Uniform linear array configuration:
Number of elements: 24
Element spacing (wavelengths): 1
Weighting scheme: hamming
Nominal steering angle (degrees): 15
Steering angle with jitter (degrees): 15.445
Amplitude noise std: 0.05
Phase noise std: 0.05

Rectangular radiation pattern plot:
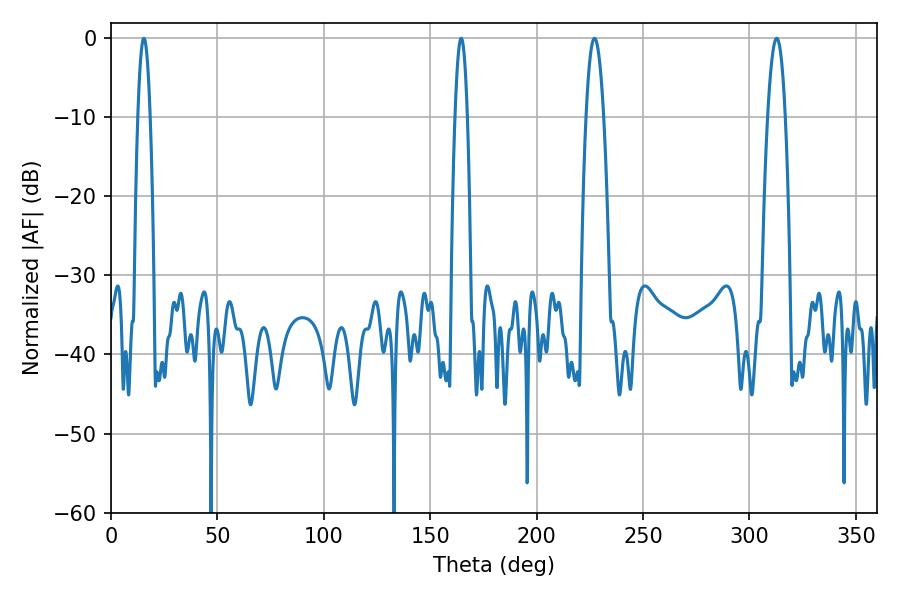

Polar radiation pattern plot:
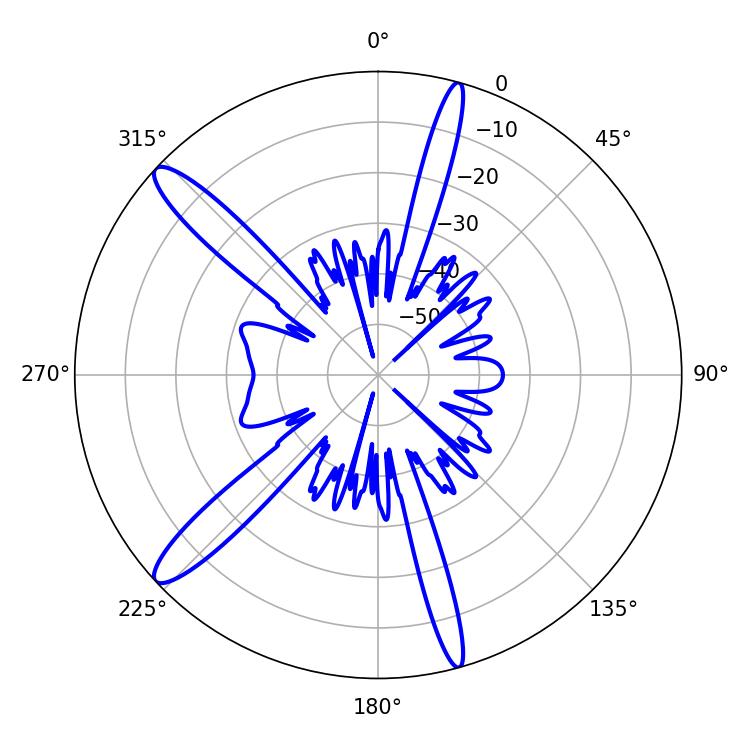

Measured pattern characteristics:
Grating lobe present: TRUE
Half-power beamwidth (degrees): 4.5
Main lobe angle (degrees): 227.16